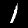
Digit: 1